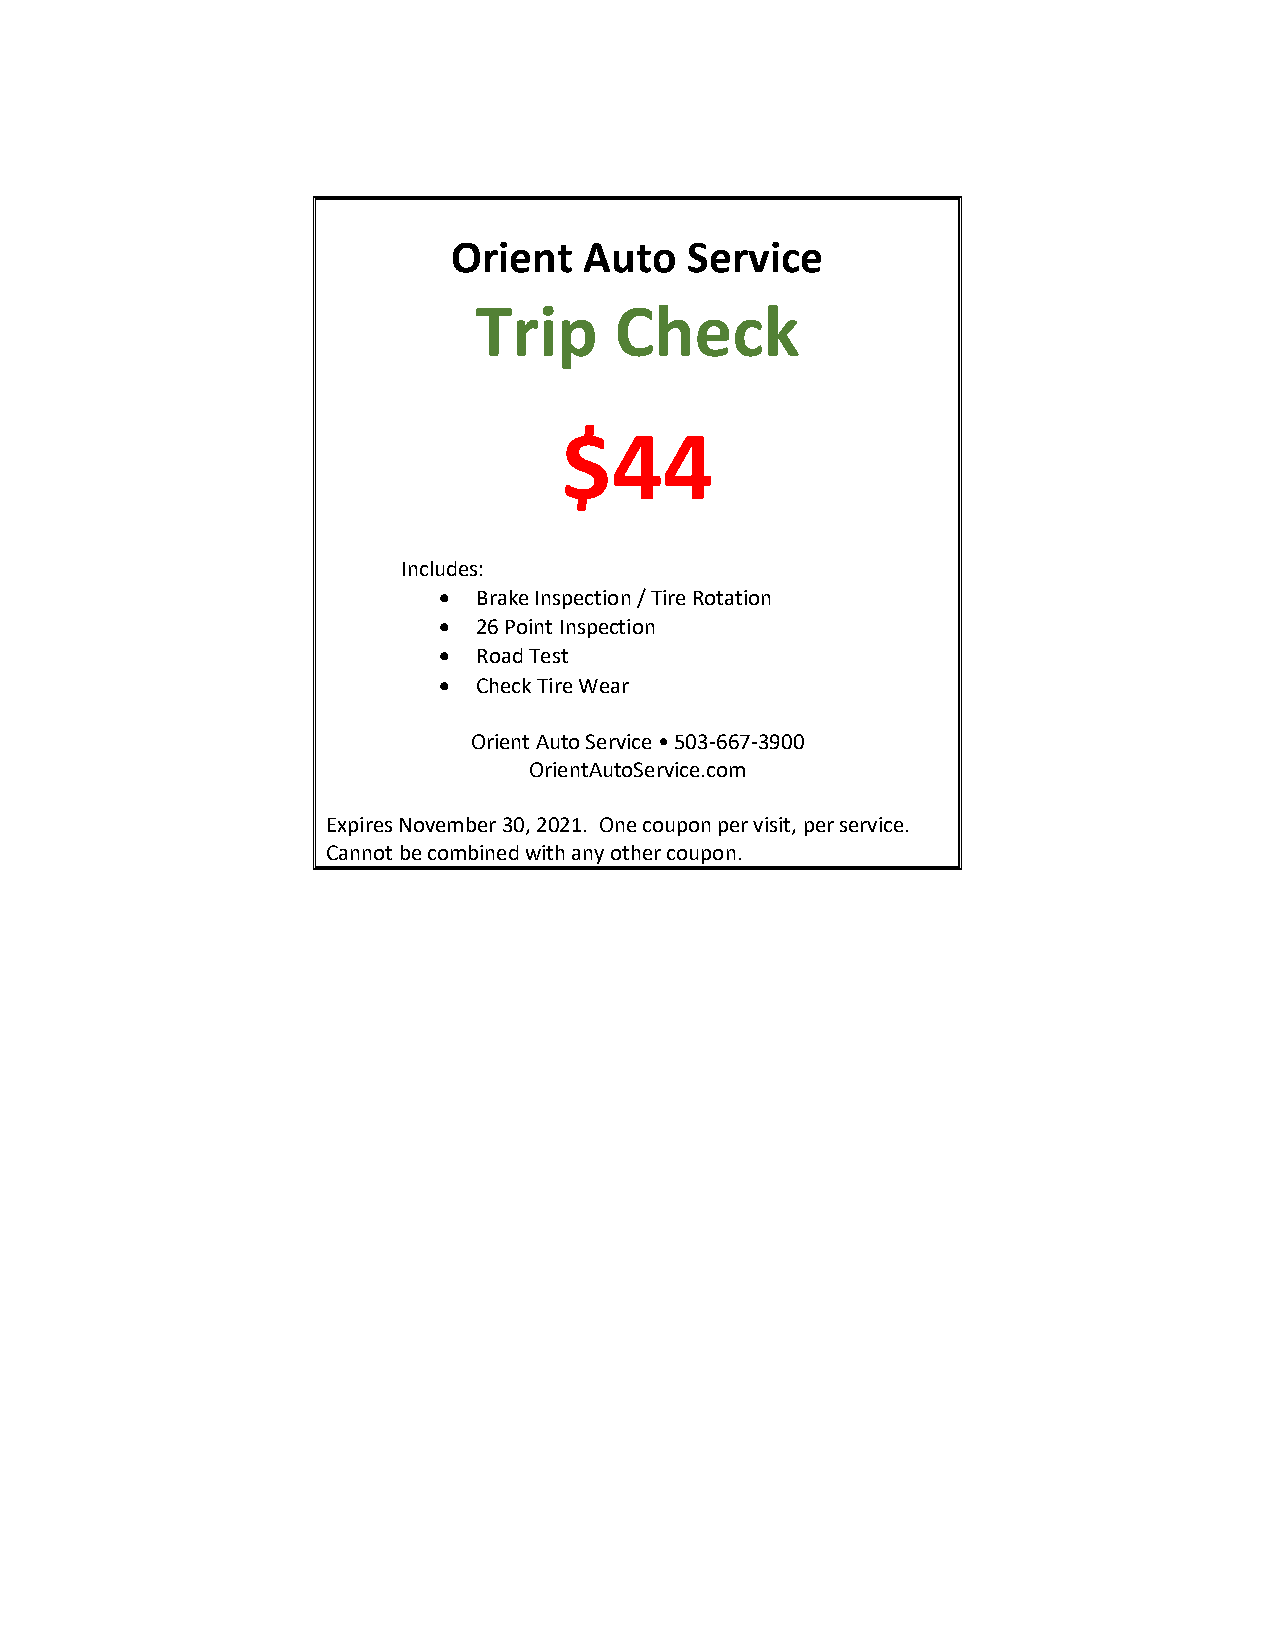
Orient   Auto  Service
 Trip      Check
 $44
 Includes:
 •  Brake Inspection / Tire Rotation
 •  26 Point Inspection
 •  Road Test
 •  Check Tire Wear
 Orient Auto Service • 503-667-3900
 OrientAutoService.com
 Expires November 30, 2021. One coupon per visit, per service.
 Cannot be combined with any other coupon.